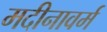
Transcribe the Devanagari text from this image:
मदीनावर्म